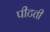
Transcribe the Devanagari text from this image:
पीटती